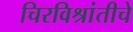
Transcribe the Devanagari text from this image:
चिरविश्रांतीचे